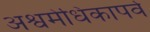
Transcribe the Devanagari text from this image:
अश्वमेधिकापर्व